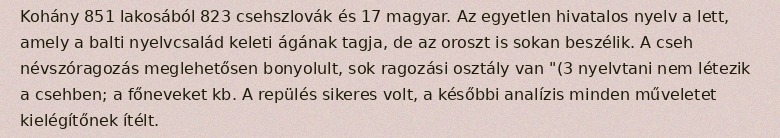
Kohány 851 lakosából 823 csehszlovák és 17 magyar. Az egyetlen hivatalos nyelv a lett, amely a balti nyelvcsalád keleti ágának tagja, de az oroszt is sokan beszélik. A cseh névszóragozás meglehetősen bonyolult, sok ragozási osztály van "(3 nyelvtani nem létezik a csehben; a főneveket kb. A repülés sikeres volt, a későbbi analízis minden műveletet kielégítőnek ítélt.